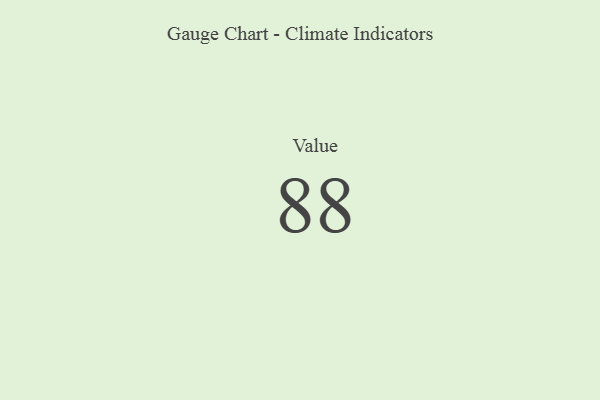
{"axis": {"x": "Metric", "y": "Value"}, "legend": [""], "data": [{"x": "Value", "y": 88, "type": ""}]}